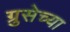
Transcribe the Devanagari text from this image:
ग्रुसेच्या